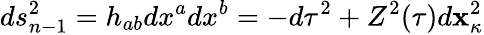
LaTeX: ds_{n-1}^{2}=h_{ab}dx^{a}dx^{b}=-d\tau^{2}+Z^{2}(\tau)d{\mathbf x}_{\kappa}^{2}